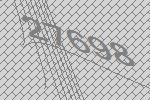
27689